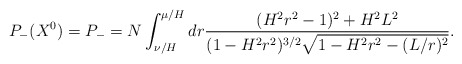
\begin{align*}P_-(X^0)=P_-=N\int_{\nu/H}^{\mu/H} dr\frac{(H^2r^2-1)^2+H^2L^2}{(1-H^2r^2)^{3/2}\sqrt{1-H^2r^2-(L/r)^2}}.\end{align*}